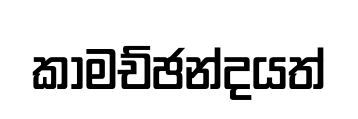
කාමච්ඡන්දයත්